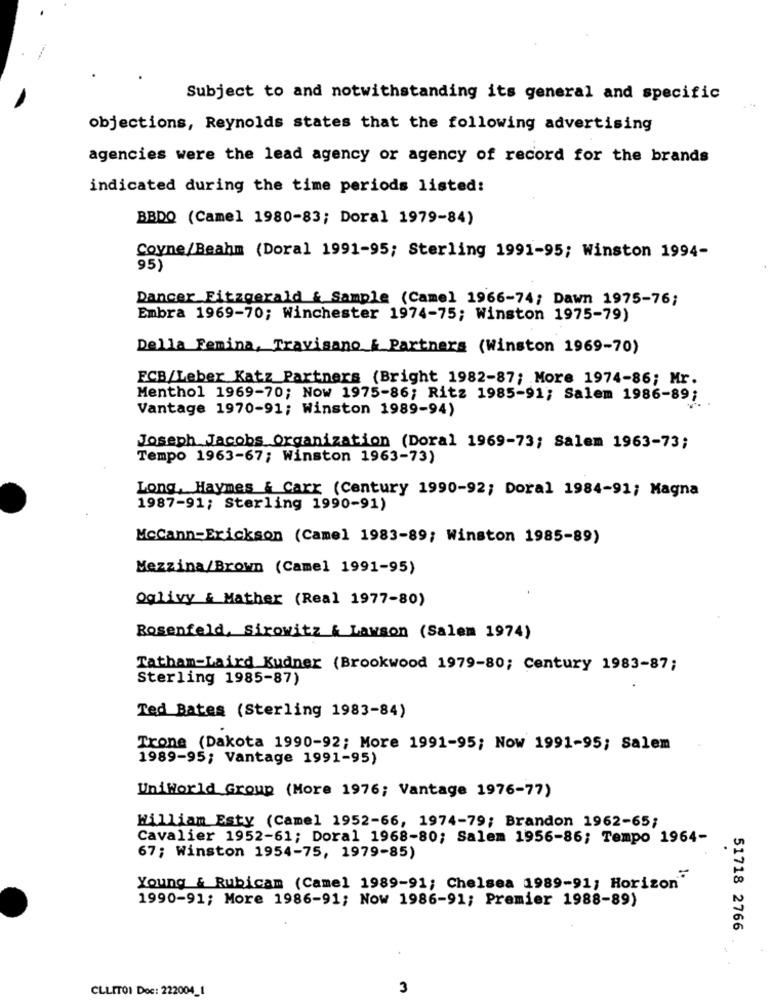
Subject to and notwithstanding its general and specific
objections, Reynolds states that the following advertising
agencies were the lead agency or agency of record for the brands
indicated during the time periods listed:
BBDO (Camel 1980-83; Doral 1979-84)
Coyne/Beahm (Doral 1991-95; Sterling 1991-95; Winston 1994-
95)
Dancer Fitzgerald & Sample (Camel 1966-74; Dawn 1975-76;
Embra 1969-70; Winchester 1974-75; Winston 1975-79)
Della Femina, Travisano __ Partners (Winston 1969-70)
FCB/Leber Katz Partners (Bright 1982-87; More 1974-86; Mr.
Menthol 1969-70; Now 1975-86; Ritz 1985-91; Salem 1986-89;
Vantage 1970-91; Winston 1989-94)
Joseph Jacobs Organization (Doral 1969-73; Salem 1963-73;
Tempo 1963-67; Winston 1963-73)
Long, Haymes & Carr (Century 1990-92; Doral 1984-91; Magna
1987-91; Sterling 1990-91)
McCann-Erickson (Camel 1983-89; Winston 1985-89)
Mezzina/Brown (Camel 1991-95)
Oglivy & Mather (Real 1977-80)
Rosenfeld, Sirowitz & Lawson (Salem 1974)
Tatham-Laird Kudner (Brookwood 1979-80; Century 1983-87;
Sterling 1985-87)
Ted Bates (Sterling 1983-84)
Trone (Dakota 1990-92; More 1991-95; Now 1991-95; Salem
1989-95; Vantage 1991-95)
UniWorld Group (More 1976; Vantage 1976-77)
William Esty (Camel 1952-66, 1974-79; Brandon 1962-65;
Cavalier 1952-61; Doral 1968-80; Salem 1956-86; Tempo 1964-
67; Winston 1954-75, 1979-85)
Young & Rubicam (Camel 1989-91; Chelsea 1989-91; Horizon"
1990-91; More 1986-91; Now 1986-91; Premier 1988-89)
51718 2766
CLLITOI Doc: 222004_1
3